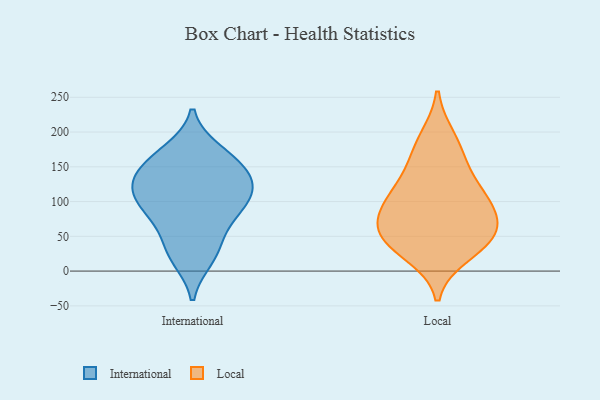
{"axis": {"x": "Operating Costs (USD K)", "y": "Value"}, "legend": ["International", "Local"], "data": [{"x": "", "y": 109, "type": "International"}, {"x": "", "y": 84, "type": "International"}, {"x": "", "y": 82, "type": "International"}, {"x": "", "y": 142, "type": "International"}, {"x": "", "y": 18, "type": "International"}, {"x": "", "y": 39, "type": "International"}, {"x": "", "y": 157, "type": "International"}, {"x": "", "y": 118, "type": "International"}, {"x": "", "y": 173, "type": "International"}, {"x": "", "y": 126, "type": "International"}, {"x": "", "y": 62, "type": "Local"}, {"x": "", "y": 46, "type": "Local"}, {"x": "", "y": 136, "type": "Local"}, {"x": "", "y": 86, "type": "Local"}, {"x": "", "y": 169, "type": "Local"}, {"x": "", "y": 25, "type": "Local"}, {"x": "", "y": 191, "type": "Local"}, {"x": "", "y": 84, "type": "Local"}, {"x": "", "y": 45, "type": "Local"}, {"x": "", "y": 109, "type": "Local"}, {"x": "", "y": 49, "type": "Local"}, {"x": "", "y": 109, "type": "Local"}]}